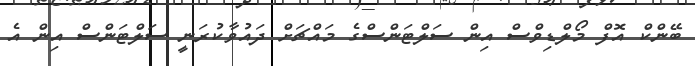
ބޭންކް އޮފް މޯލްޑިވްސް އިން ސަލްޓަންސްގެ މައްޗަށް ދައުވާކުރަނީ ސަލްޓަންސް އިން އެ